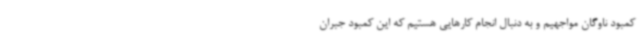
کمبود ناوگان مواجهیم و به دنبال انجام کارهایی هستیم که این کمبود جبران